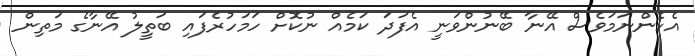
އެހެންނަމަވެސް އޭނާ ބޭނުންވަނީ އެފަދަ ކަމެއް ނުކޮށް ހަމަހުރެފައި ބަތީލު އޭނާގެ މަތިން